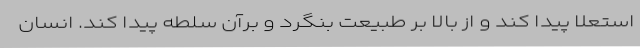
استعلا پیدا کند و از بالا بر طبیعت بنگرد و برآن سلطه پیدا کند. انسان